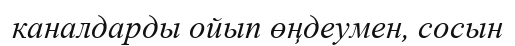
каналдарды ойып өңдеумен, сосын